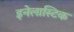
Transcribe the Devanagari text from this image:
इनेलास्टिक